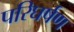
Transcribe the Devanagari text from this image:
परिघर्षण